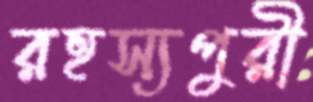
রহস্যপুরী